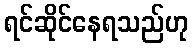
ရင်ဆိုင်နေရသည်ဟု